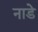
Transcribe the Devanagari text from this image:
नाडे